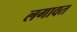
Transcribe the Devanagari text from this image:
लगावत